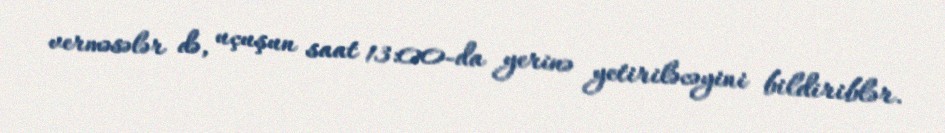
verməsələr də, uçuşun saat 13:00-da yerinə yetiriləcəyini bildiriblər.